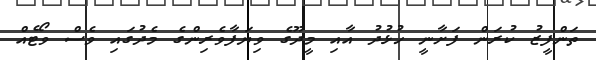
ތަންފީޒު ކުރަން ފަށާނީ ހުުޅުދު އާއި މީދޫގެ ވިޔަފާވެެރިންގެ މެދުގައި ވެސް ވޯޓެއް